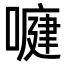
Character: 𭊺